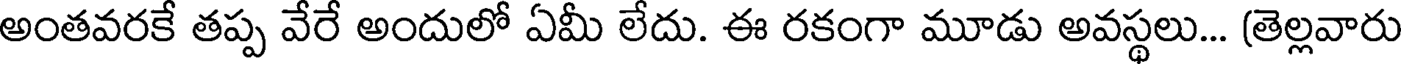
అంతవరకే తప్ప వేరే అందులో ఏమీ లేదు. ఈ రకంగా మూడు అవస్థలు... (తెల్లవారు